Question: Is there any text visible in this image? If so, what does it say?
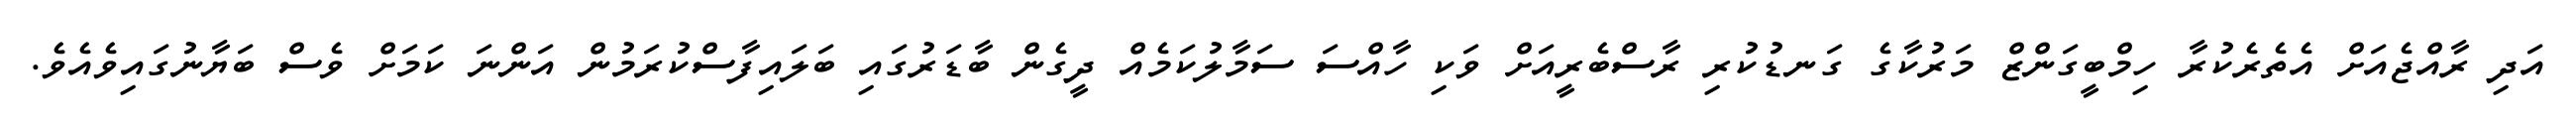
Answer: އަދި ރާއްޖެއަށް އެތެރެކުރާ ހިމްބީގަންޒް މަރުކާގެ ގަނޑުކުރި ރާސްބެރީއަށް ވަކި ހާއްސަ ސަމާލުކަމެއް ދީގެން ބާޑަރުގައި ބަލައިފާސްކުރަމުން އަންނަ ކަމަށް ވެސް ބަޔާނުގައިވެއެވެ.